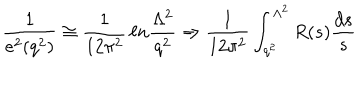
\frac { 1 } { e ^ { 2 } ( q ^ { 2 } ) } \cong \frac { 1 } { 1 2 \pi ^ { 2 } } \, \ell n \frac { \Lambda ^ { 2 } } { q ^ { 2 } } \Rightarrow \frac { 1 } { 1 2 \pi ^ { 2 } } \int _ { q ^ { 2 } } ^ { \Lambda ^ { 2 } } R ( s ) \frac { d s } { s }